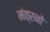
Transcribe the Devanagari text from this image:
मंत्रनो